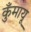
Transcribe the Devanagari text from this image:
कुँमायू